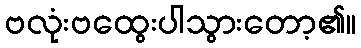
ဗလုံးဗထွေးပါသွားတော့၏။